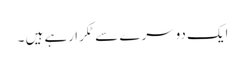
ایک دوسرے سے ٹکرا رہے ہیں ۔